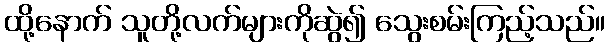
ထို့နောက် သူတို့လက်များကိုဆွဲ၍ သွေးစမ်းကြည့်သည်။